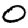
Digit: 0